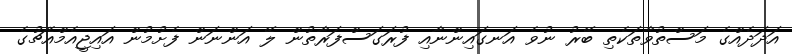
އަދަދެއްގެ މަސްތުވާތަކެތި ބޭރު ނުވެ އަނގައިންނާއި ފުރަގަސްފަރާތުން ލޭ އަންނަން ފެށުމުން އައިޖީއެމްއެޗުގެ